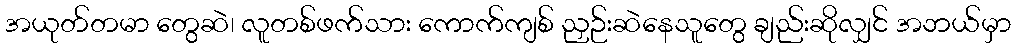
အယုတ်တမာ တွေဆဲ၊ လူတစ်ဖက်သား ကောက်ကျစ် ညှဉ်းဆဲနေသူတွေ ချည်းဆိုလျှင် အဘယ်မှာ